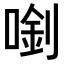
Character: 𠺓